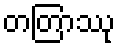
တတြာဿု